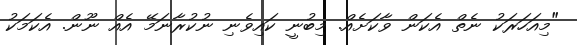
"މިއަހަރަކު ނެތް އެކަން ވާކަށެއް. މިބުނީ ކައިވެނި ނުކުރާނަމޭ އެއް ނޫން. އެކަމަކު